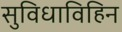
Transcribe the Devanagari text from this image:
सुविधाविहिन